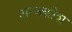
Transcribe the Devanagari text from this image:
अन्‍नकोश